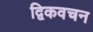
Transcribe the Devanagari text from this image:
द्विकवचन